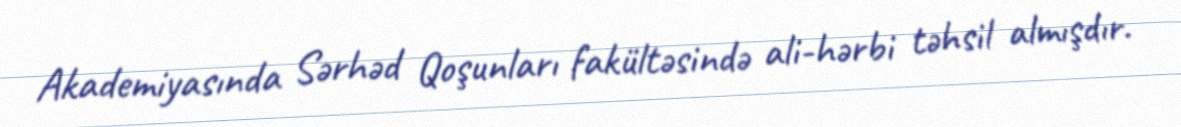
Akademiyasında Sərhəd Qoşunları fakültəsində ali-hərbi təhsil almışdır.